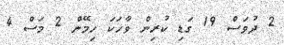
2 ދުވަސް 19 ގަޑި ކުރިން ވާހަކަ ހިމޭން 2 މަސް 4